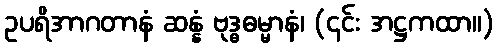
ဥပရိအာဂတာနံ ဆန္နံ ဗုဒ္ဓဓမ္မာနံ၊ (၎င်း အဋ္ဌကထာ။)